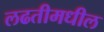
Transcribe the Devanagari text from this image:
लढतीमधील